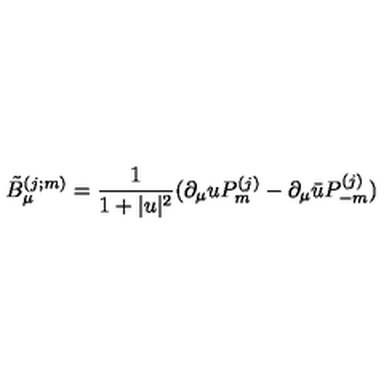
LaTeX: \tilde { B } _ { \mu } ^ { ( j ; m ) } = \frac { 1 } { 1 + | u | ^ { 2 } } ( \partial _ { \mu } u P _ { m } ^ { ( j ) } - \partial _ { \mu } \bar { u } P _ { - m } ^ { ( j ) } )